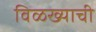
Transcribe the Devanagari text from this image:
विळख्याची